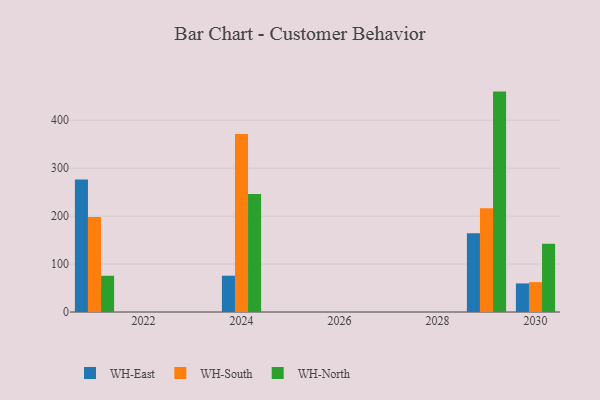
{"axis": {"x": "Year", "y": "Production Output"}, "legend": ["WH-East", "WH-North", "WH-South"], "data": [{"x": "2024", "y": 75.7, "type": "WH-East"}, {"x": "2024", "y": 371.3, "type": "WH-South"}, {"x": "2024", "y": 245.9, "type": "WH-North"}, {"x": "2021", "y": 276.4, "type": "WH-East"}, {"x": "2021", "y": 198.0, "type": "WH-South"}, {"x": "2021", "y": 75.6, "type": "WH-North"}, {"x": "2029", "y": 164.1, "type": "WH-East"}, {"x": "2029", "y": 216.2, "type": "WH-South"}, {"x": "2029", "y": 459.7, "type": "WH-North"}, {"x": "2030", "y": 59.6, "type": "WH-East"}, {"x": "2030", "y": 62.3, "type": "WH-South"}, {"x": "2030", "y": 142.5, "type": "WH-North"}]}